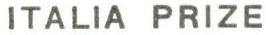
ITALIA PRIZE